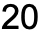
20